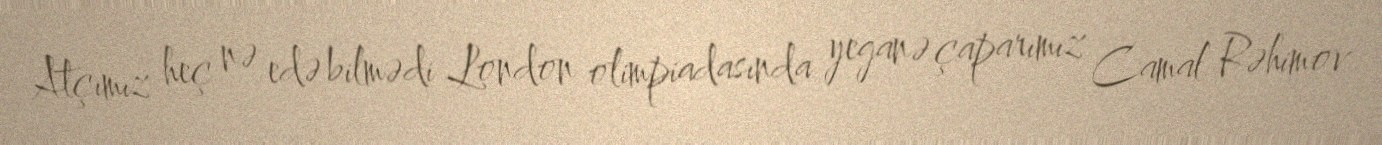
Atçımız heç nə edə bilmədi London olimpiadasında yeganə çaparımız Camal Rəhimov